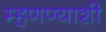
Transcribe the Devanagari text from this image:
म्हणण्याशी